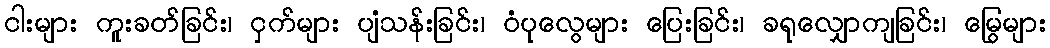
ငါးများ ကူးခတ်ခြင်း၊ ငှက်များ ပျံသန်းခြင်း၊ ဝံပုလွေများ ပြေးခြင်း၊ ခရုလျှောကျခြင်း၊ မြွေများ